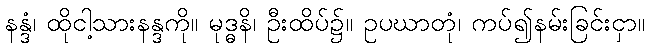
နန္ဒံ၊ ထိုငါ့သားနန္ဒကို။ မုဒ္ဓနိ၊ ဦးထိပ်၌။ ဥပဃာတုံ၊ ကပ်၍နမ်းခြင်းငှာ။